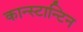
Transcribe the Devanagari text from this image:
कान्स्टान्टिन